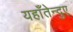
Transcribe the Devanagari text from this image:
यहाँतेन्दुए